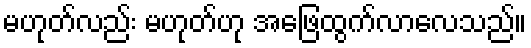
မဟုတ်လည်း မဟုတ်ဟု အဖြေထွက်လာလေသည်။